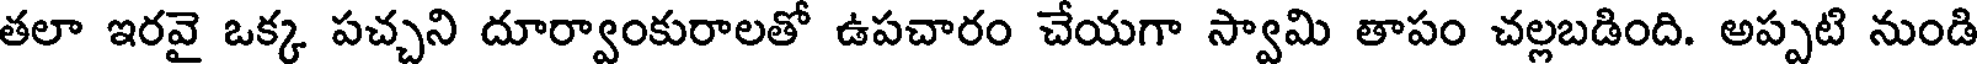
తలా ఇరవై ఒక్క పచ్చని దూర్వాంకురాలతో ఉపచారం చేయగా స్వామి తాపం చల్లబడింది. అప్పటి నుండి